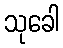
သုခေါ